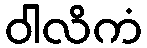
ဝါလိကံ